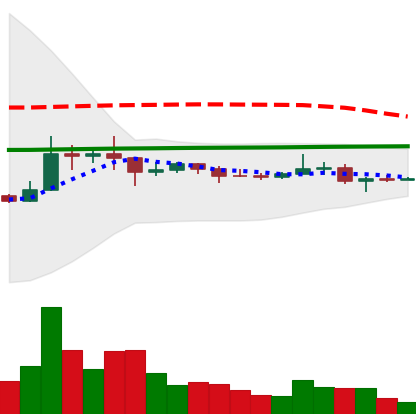
Ticker: XRP-USD
Chart end date: 2021-01-24
Forward return: 3.173%
Label: up_3_5